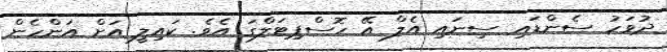
ދުވަހު ސެންޑައި ސިނައި އެލް އޭ ހޮސްޕިޓަލްގަ އެވެ. ކައިލީ އަށް އަންހެން